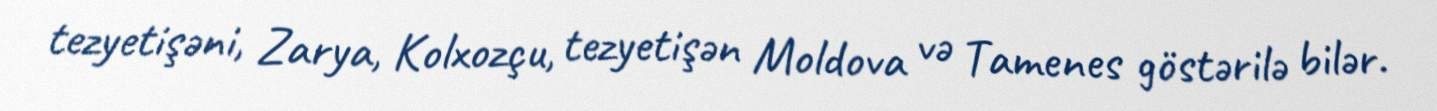
tezyetişəni, Zarya, Kolxozçu, tezyetişən Moldova və Tamenes göstərilə bilər.